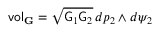
\mathsf { v o l } _ { \mathbf { G } } = \sqrt { \mathsf { G } _ { 1 } \mathsf { G } _ { 2 } } \, d p _ { 2 } \wedge d \psi _ { 2 }